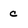
Character: c